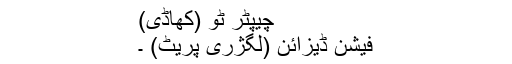
چیپٹر ٹو (کھاڈی)
فیشن ڈیزائن (لگژری پریٹ) ۔